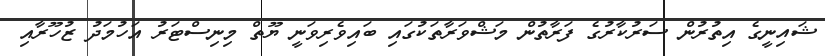
ޝައިނީގެ އިތުރުން ސަރުކާރުގެ ފަރާތުން މަޝްވަރާތަކުގައި ބައިވެރިވަނީ ޔޫތް މިނިސްޓަރު އަހުމަދު ޒުހޫރާއި